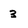
Character: 3